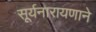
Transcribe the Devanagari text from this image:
सूर्यनारायणाने